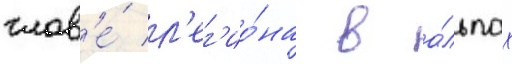
глав'е́ л'ег'ио́на в а́льпах